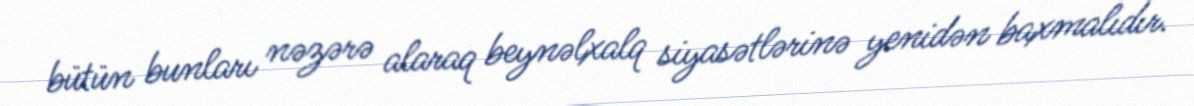
bütün bunları nəzərə alaraq beynəlxalq siyasətlərinə yenidən baxmalıdır.